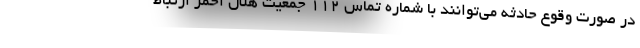
در صورت وقوع حادثه می‌توانند با شماره تماس ۱۱۲ جمعیت هلال احمر ارتباط